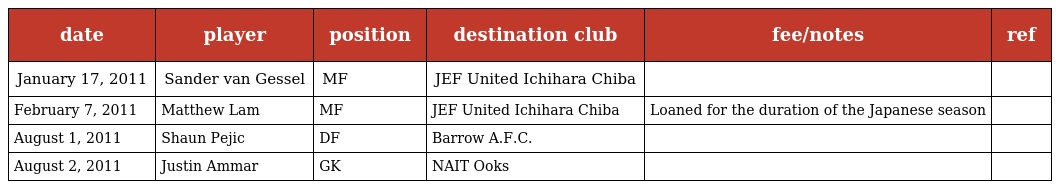
| date | player | position | destination club | fee/notes | ref |
 | --- | --- | --- | --- | --- | --- |
 | January 17, 2011 | Sander van Gessel | MF | JEF United Ichihara Chiba |  |  |
 | February 7, 2011 | Matthew Lam | MF | JEF United Ichihara Chiba | Loaned for the duration of the Japanese season |  |
 | August 1, 2011 | Shaun Pejic | DF | Barrow A.F.C. |  |  |
 | August 2, 2011 | Justin Ammar | GK | NAIT Ooks |  |  |